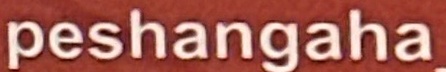
peshangaha